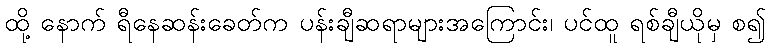
ထို့ နောက် ရီနေဆန်းခေတ်က ပန်းချီဆရာများအကြောင်း၊ ပင်ထူ ရစ်ချီယိုမှ စ၍